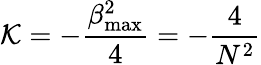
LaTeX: \mathcal{K}=-\frac{\beta_{\mathrm{max}}^{2}}{4}=-\frac{4}{N^{2}}